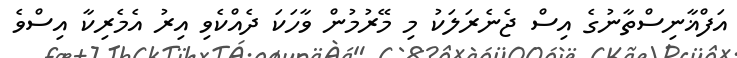
އަފްޣާނިސްތާނުގެ އިސް ޖެނެރަލަކު މި މޭރުމުން ވާހަކަ ދެއްކެވި އިރު އެމެރިކާ އިސްވެ